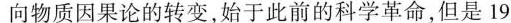
向物质因果论的转变，始于此前的科学革命，但是19